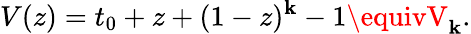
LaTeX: V(z)=t_{0}+z+(1-z)^{\mathbf{k}}-1\equivV_{\mathbf{k}}.